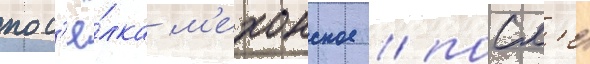
пос'ё́лка м'ехонское / посл'е